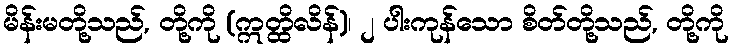
မိန်းမတို့သည်, တို့ကို (ဣတ္ထိလိန်)၊ ၂ ပါးကုန်သော စိတ်တို့သည်, တို့ကို